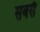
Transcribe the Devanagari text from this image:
सबसै